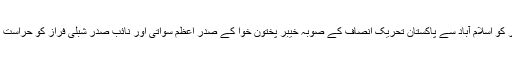
علاوہ ازیں مارگلہ تھانے کے ایک پولیس اہلکار نے ہمارے نامہ نگار ایوب ترین کو بتایا کہ سنیچر کو اسلام آباد سے پاکستان تحریکِ انصاف کے صوبہ خیبر پختون خوا کے صدر اعظم سواتی اور نائب صدر شبلی فراز کو حراست میں لے کر مارگلہ تھانے منتقل کیا گیا ہے لیکن تاحال ان کے خلاف کوئی مقدمہ درج نہیں کیا گیا۔